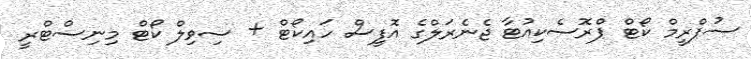
ސުޕްރީމް ކޯޓް ޕްރޮސެކިއުޓާ ޖެނެރަލްގެ އޮފީސް ހައިކޯޓް + ސިވިލް ކޯޓް މިނިސްޓްރީ